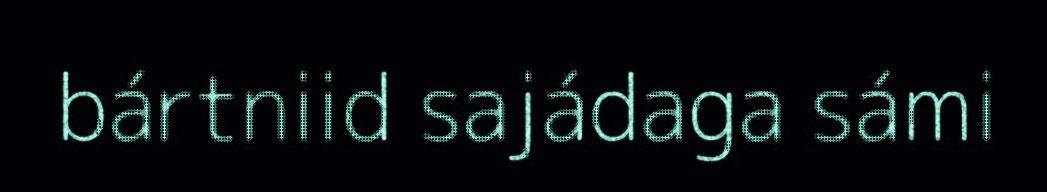
bártniid sajádaga sámi